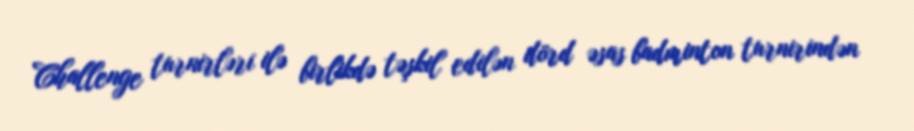
Challenge turnirləri ilə birlikdə təşkil edilən dörd əsas badminton turnirindən